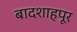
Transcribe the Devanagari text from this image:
बादशाहपूर